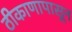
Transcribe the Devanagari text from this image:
ठीकाणापासून